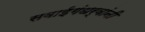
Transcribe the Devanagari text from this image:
सवाईगंधर्वांनी